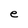
Character: e